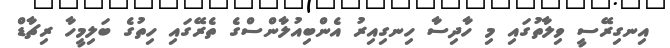
އިނގިރޭސީ ވިލާތުގައި މި ހާދިސާ ހިނގިއިރު އެންބިއުލާންސްގެ ތެރޭގައި ހިތުގެ ބަލިމީހާ ރިޗާޑް